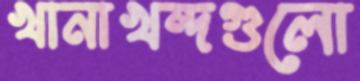
খানাখন্দগুলো